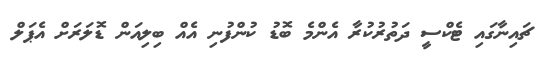
ޗައިނާގައި ޓެކްސީ ދަތުރުކުރާ އެންމެ ބޮޑު ކުންފުނި އެއް ބިލިއަން ޑޮލަރަށް އެޕަލް